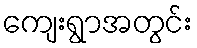
ကျေးရွာအတွင်း